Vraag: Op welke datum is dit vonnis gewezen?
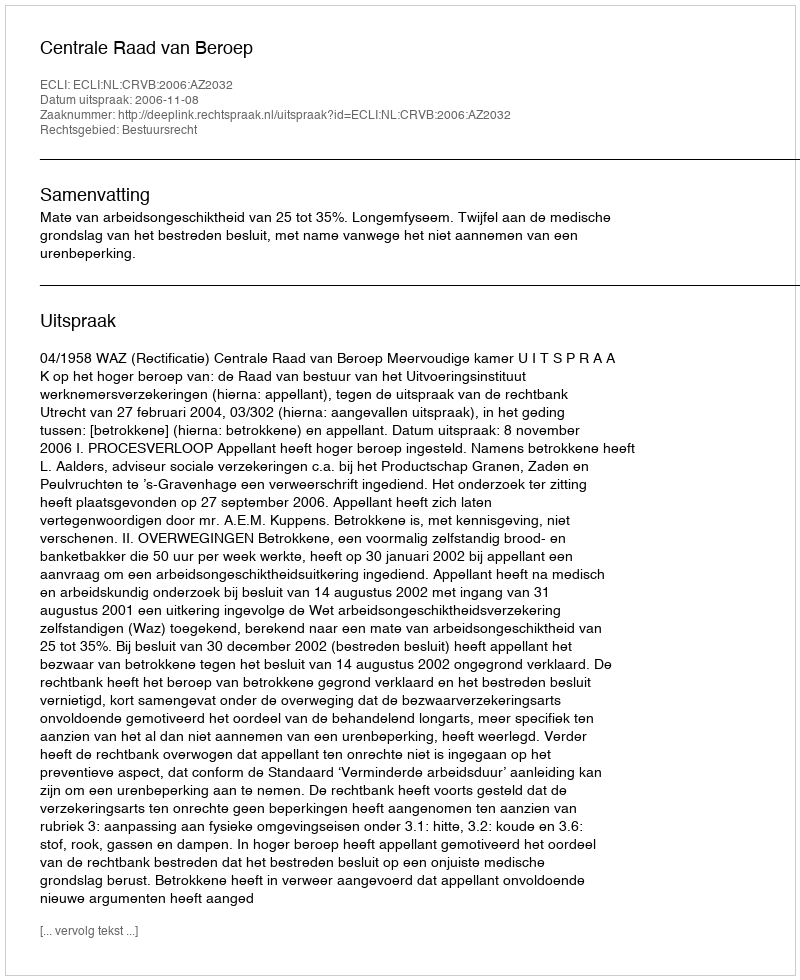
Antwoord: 2006-11-08